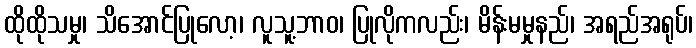
ထိုထိုသမှု၊ သိအောင်ပြုလော့၊ လူသူ့ဘာဝ၊ ပြုလိုကလည်း၊ မိန်းမမှုနည်၊ အရည်အရုပ်၊